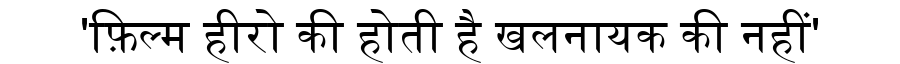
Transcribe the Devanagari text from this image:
'फ़िल्म हीरो की होती है खलनायक की नहीं'